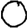
Digit: 0